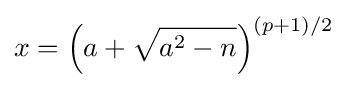
x=\left(a+{\sqrt {a^{2}-n}}\right)^{(p+1)/2}